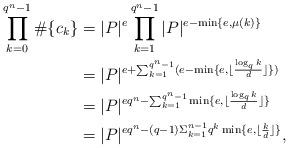
LaTeX: \begin{align*} \prod_{k=0}^{q^{n}-1}\#\{c_{k}\}&=|P|^e \prod_{k=1}^{q^{n}-1}|P|^{e-\min\{e,\mu(k)\}}\\&=|P|^{e+\sum_{k=1}^{q^{n}-1}(e-\min\{e,\lfloor\frac{\log_{q}k}{d}\rfloor\})}\\&=|P|^{eq^{n}-\sum_{k=1}^{q^{n}-1}\min\{e,\lfloor\frac{\log_{q}k}{d}\rfloor\}}\\&=|P|^{eq^{n}-(q-1)\Sigma_{k=1}^{n-1}q^{k}\min\{e,\lfloor\frac{k}{d}\rfloor\}},\end{align*}